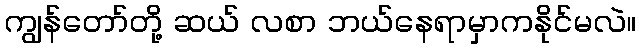
ကျွန်တော်တို့ ဆယ် လစာ ဘယ်နေရာမှာကနိုင်မလဲ။